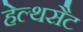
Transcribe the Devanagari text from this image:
हेल्थसैट